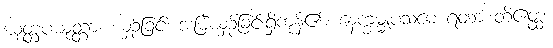
ယုတ္တပယုတ္တာ၊ ယှဉ်ခြင်း အမြဲယှဉ်ခြင်းရှိကုန်၏။ နေက္ခမ္မူပသမေ ရတာ တိဧတ္ထ၊